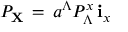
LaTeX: { \cal P } _ { \bf X } \, = \, a ^ { \Lambda } { \cal P } _ { \Lambda } ^ { x } \, { \bf i } _ { x }